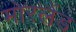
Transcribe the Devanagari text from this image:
मोरलैंड